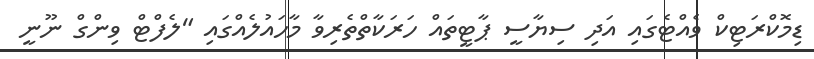
ޑިމޮކްރަޓިކް ވެއްޓެގައި އަދި ސިޔާސީ ޕާޓީތައް ހަރަކާތްތެރިވާ މާހައުލެއްގައި "ލެފްޓް ވިންގް ނޫނީ